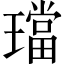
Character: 璫